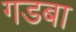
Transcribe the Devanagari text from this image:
गडबा